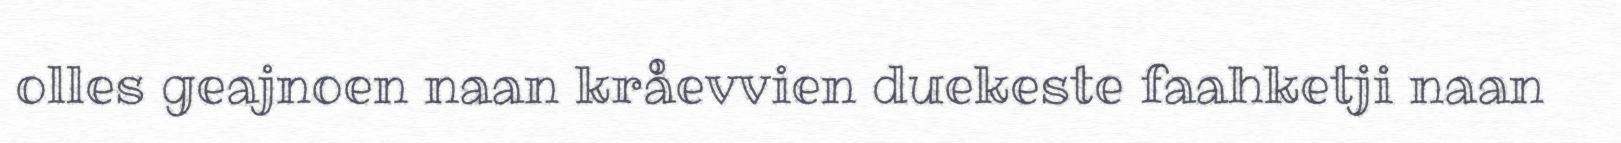
olles geajnoen naan kråevvien duekeste faahketji naan